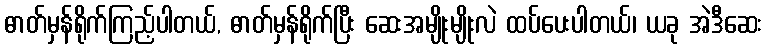
ဓာတ်မှန်ရိုက်ကြည့်ပါတယ်, ဓာတ်မှန်ရိုက်ပြီး ဆေးအမျိုးမျိုးလဲ ထပ်ပေးပါတယ်၊ ယခု အဲဒီဆေး